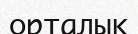
орталық